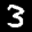
Label: 3